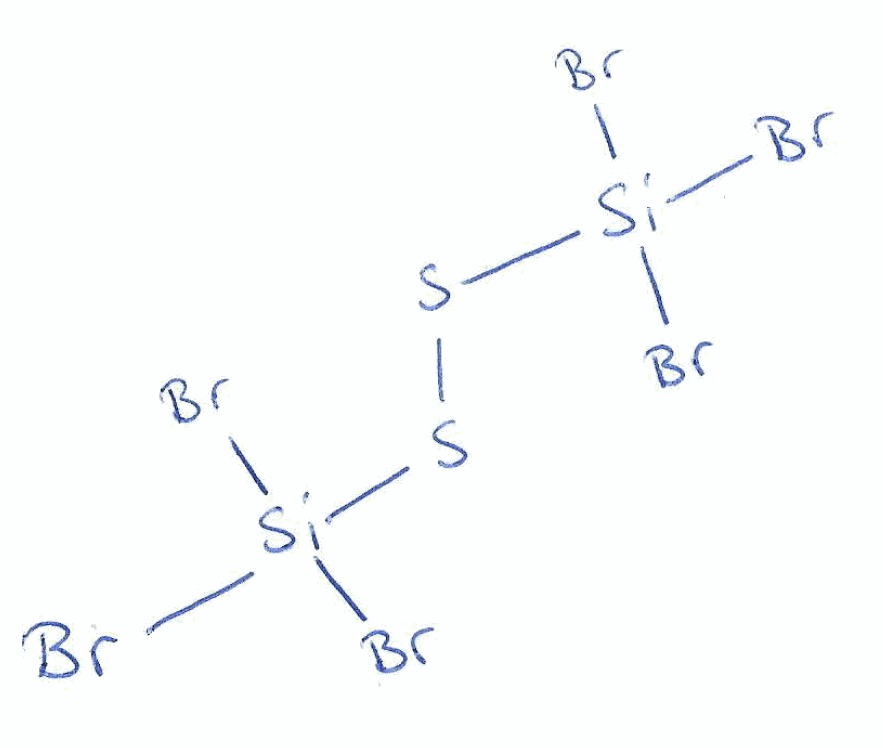
Simplified molecular-input line-entry system (SMILES) notation of the given molecule:
[Si](SS[Si](Br)(Br)Br)(Br)(Br)Br